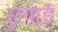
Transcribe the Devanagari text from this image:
छुपाई